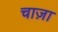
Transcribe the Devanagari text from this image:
चाज़ा